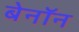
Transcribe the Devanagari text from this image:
बेनॉन